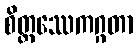
စိတ္တဿေကဂ္ဂတာ